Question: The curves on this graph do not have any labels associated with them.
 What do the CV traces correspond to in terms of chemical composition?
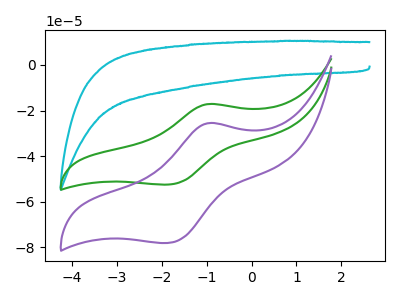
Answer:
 <answer>The cyan curve does not have a label. The green curve does not have a label. The purple curve does not have a label.</answer>
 <eval></eval>